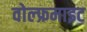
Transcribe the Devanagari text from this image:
वोल्फ्रमाइट